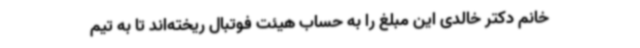
خانم دکتر خالدی این مبلغ را به حساب هیئت فوتبال ریخته‌اند تا به تیم